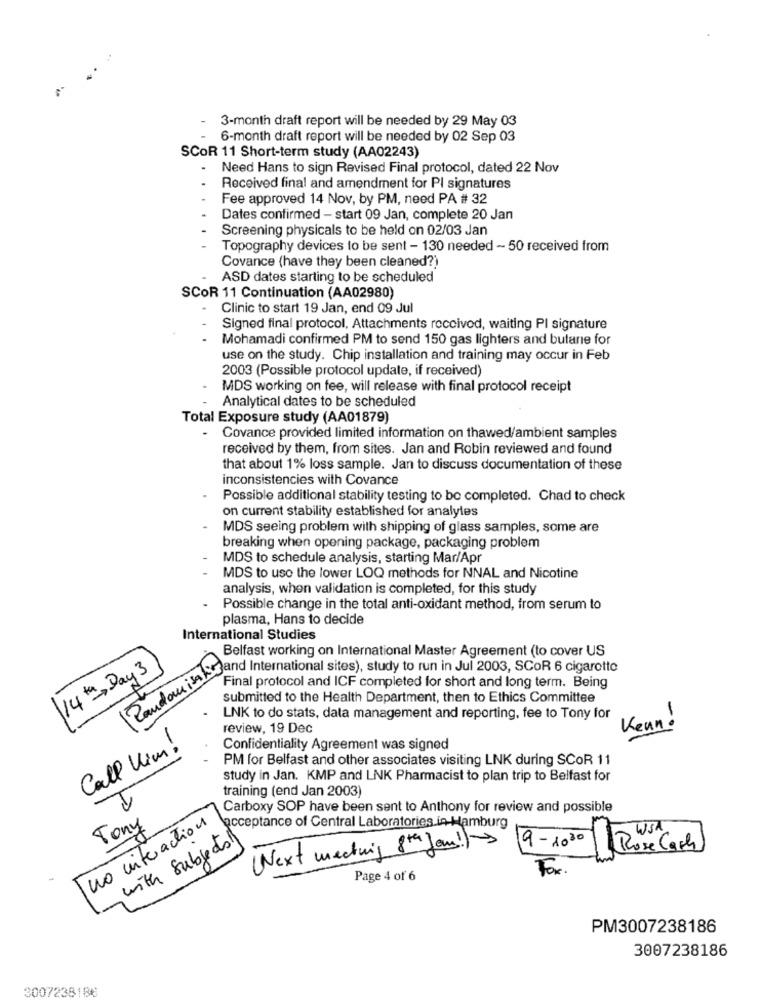
3-month draft report will be needed by 29 May 03
6-month draft report will be needed by 02 Sep 03
SCOR 11 Short-term study (AA02243)
Need Hans to sign Revised Final protocol, dated 22 Nov
Received final and amendment for PI signatures
Fee approved 14 Nov, by PM, need PA # 32
Dates confirmed - start 09 Jan, complete 20 Jan
Screening physicals to be held on 02/03 Jan
Topography devices to be sent - 130 needed - 50 received from
Covance (have they been cleaned?)
ASD dates starting to be scheduled
SCOR 11 Continuation (AA02980)
Clinic to start 19 Jan, end 09 Jul
Signed final protocol, Attachments received, waiting PI signature
Mohamadi confirmed PM to send 150 gas lighters and butane for
use on the study. Chip installation and training may occur in Feb
2003 (Possible protocol update, if received)
MDS working on fee, will release with final protocol receipt
Analytical dates to be scheduled
Total Exposure study (AA01879)
- Covance provided limited information on thawed/ambient samples
received by them, from sites. Jan and Robin reviewed and found
that about 1% loss sample. Jan to discuss documentation of these
inconsistencies with Covance
Possible additional stability testing to be completed. Chad to check
on current stability established for analyles
MDS seeing problem with shipping of glass samples, some are
breaking when opening package, packaging problem
MDS to schedule analysis, starting Mar/Apr
MDS to use the lower LOQ methods for NNAL and Nicotine
analysis, when validation is completed, for this study
Possible change in the total anti-oxidant method, from serum to
plasma, Hans to decide
International Studies
Belfast working on International Master Agreement (to cover US
14th, Day 3
Jouir Final nienational sites), study to run in, Juli 2003. SCOR 6 cigarette
Final protocol and ICF completed for short and long term. Being
submitted to the Health Department, then to Ethics Committee
LNK to do stats, data management and reporting, fee to Tony for
review, 19 Dec
Kenn!
Call Kim!
Confidentiality Agreement was signed
PM for Belfast and other associates visiting LNK during SCOR 11
study in Jan. KMP and LNK Pharmacist to plan trip to Belfast for
training (end Jan 2003)
Carboxy SOP have been sent to Anthony for review and possible
no interaction
Tony
acceptance of Central Laboratories in Hamburg
with Subjects
9 -1080
(Next meeting 8th Jan!/
Fox.
Page 4 of 6
PM3007238186
3007238186
3007238188